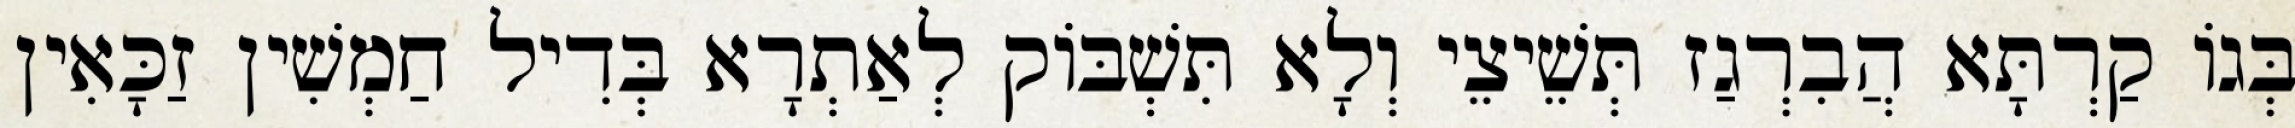
בְּגוֹ קַרְתָּא הֲבִרְגַז תְּשֵׁיצֵי וְלָא תִּשְׁבּוֹק לְאַתְרָא בְּדִיל חַמְשִׁין זַכָּאִין